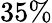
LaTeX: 35\%